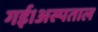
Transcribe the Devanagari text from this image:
गई।अस्पताल